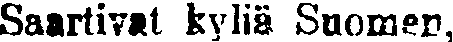
Saartivat kyliä Suomen,